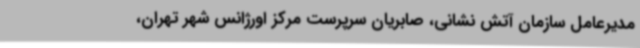
مدیرعامل سازمان آتش نشانی، صابریان سرپرست مرکز اورژانس شهر تهران،